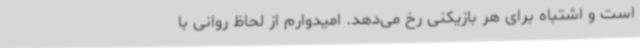
است و اشتباه برای هر بازیکنی رخ می‌دهد. امیدوارم از لحاظ روانی با